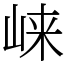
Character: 崃